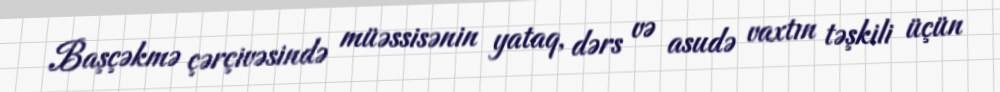
Başçəkmə çərçivəsində müəssisənin yataq, dərs və asudə vaxtın təşkili üçün